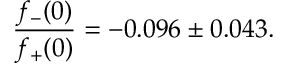
\frac { f _ { - } ( 0 ) } { f _ { + } ( 0 ) } = - 0 . 0 9 6 \pm 0 . 0 4 3 .